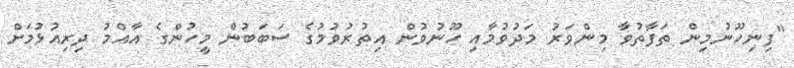
"ފިނިހޫނުމިން ތަފާތުވާ މިންވަރު މަދުވުމާއި ހޫނުވުން އިތުރުވުމުގެ ސަބަބުން މީހުންގެ އާއްމު ދިރިއުޅުމަށް